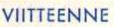
VIITTEENNE